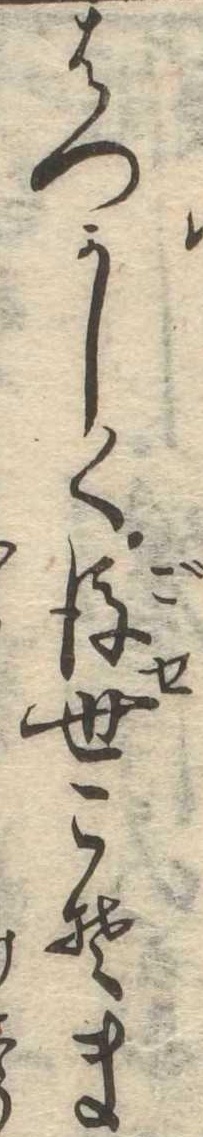
はつかしく後世こそま